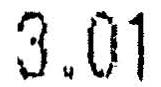
3.01